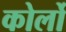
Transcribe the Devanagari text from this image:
कोर्लो